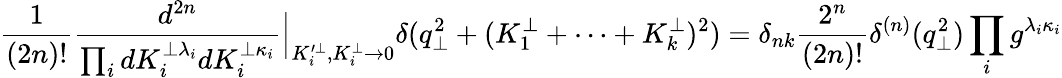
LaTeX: \frac{1}{(2n)!}\frac{d^{2n}}{\prod_{i}dK_{i}^{\perp\lambda_{i}}dK_{i}^{\perp\kappa_{i}}}\Big|_{K_{i}^{\prime\perp},K_{i}^{\perp}\to 0}\delta(q_{\perp}^{2}+(K_{1}^{\perp}+\cdots+K_{k}^{\perp})^{2})=\delta_{nk}\frac{2^{n}}{(2n)!}\delta^{(n)}(q_{\perp}^{2})\prod_{i}g^{\lambda_{i}\kappa_{i}}